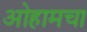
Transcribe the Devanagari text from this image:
ओहामचा